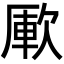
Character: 𣣭